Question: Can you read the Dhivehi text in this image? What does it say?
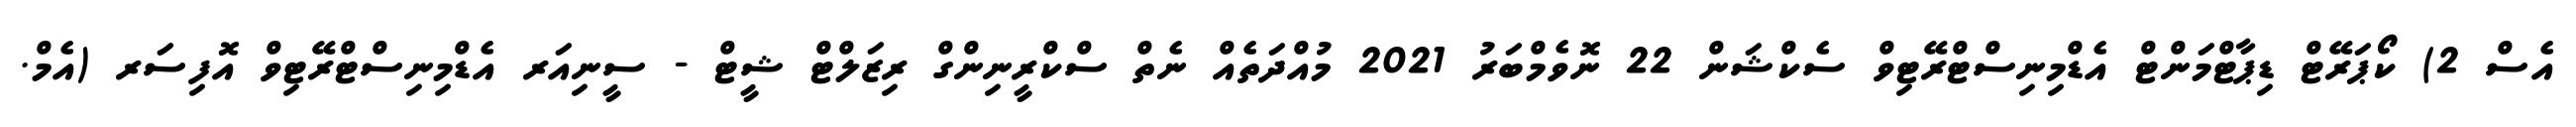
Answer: އެސް 2) ކޯޕަރޭޓް ޑިޕާޓްމަންޓް އެޑްމިނިސްޓްރޭޓިވް ސެކްޝަން 22 ނޮވެމްބަރު 2021 މުއްދަތެއް ނެތް ސްކްރީނިންގް ރިޒަލްޓް ޝީޓް - ސީނިއަރ އެޑްމިނިސްޓްރޭޓިވް އޮފިސަރ (އެމް.